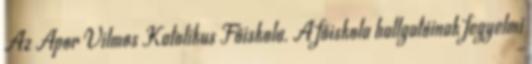
Az Apor Vilmos Katolikus Főiskola. A főiskola hallgatóinak fegyelmi